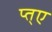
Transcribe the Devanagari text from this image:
प्त्ए